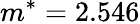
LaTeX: m^{*}=2.546